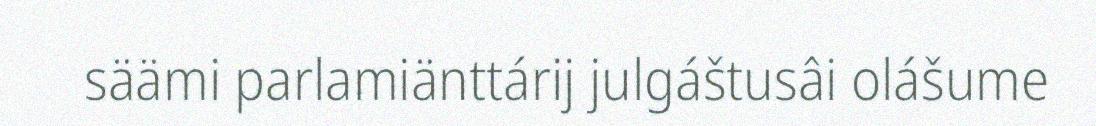
säämi parlamiänttárij julgáštusâi olášume